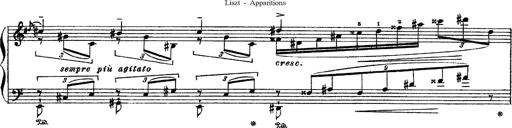
Title: Apparitions
Composer: Franz Liszt